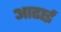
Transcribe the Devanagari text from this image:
आढाई